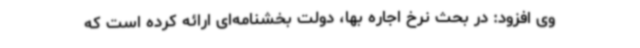
وی افزود: در بحث نرخ اجاره بها، دولت بخشنامه‌ای ارائه کرده است که